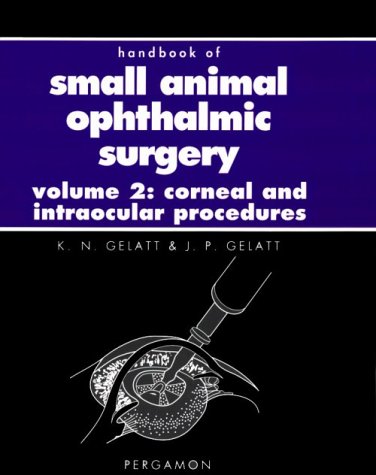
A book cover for Handbook of Small Animal Ophthalmic Surgery 2:, Corneal and Intraocular Procedures; Janice P. Gelatt MFA; Medical Books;